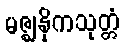
မဇ္ဈနှိကသုတ္တံ